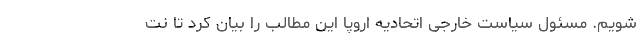
شویم. مسئول سیاست خارجی اتحادیه اروپا این مطالب را بیان کرد تا نت